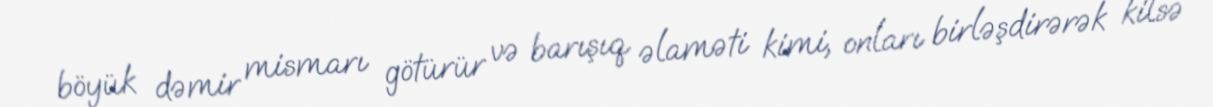
böyük dəmir mismarı götürür və barışıq əlaməti kimi, onları birləşdirərək kilsə